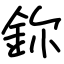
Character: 鉨